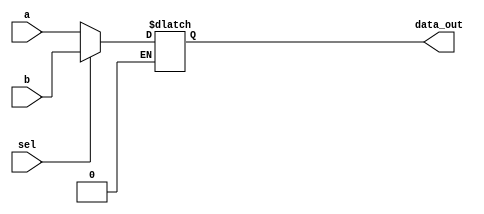
module mux_2x1
  (input [63:0] a,b,
   input sel,
   output reg [63:0] data_out);
    reg [63:0] n;
always@* begin
if (sel == 0)
	n = a;
else if (sel ==1)
	n = b;
end
assign data_out = n;
 
endmodule